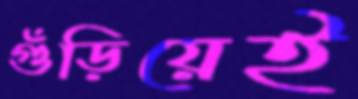
গুঁড়িয়েই